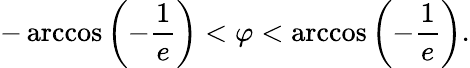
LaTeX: -\operatorname{arccos}\left(-{\frac{1}{e}}\right)<\varphi<\operatorname{arccos}\left(-{\frac{1}{e}}\right).